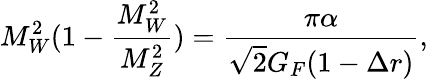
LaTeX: M_{W}^{2}(1-{\frac{M_{W}^{2}}{M_{Z}^{2}}})={\frac{\pi\alpha}{\sqrt{2}G_{F}(1-\Delta r)}},